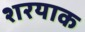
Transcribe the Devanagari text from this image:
शरयाक